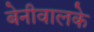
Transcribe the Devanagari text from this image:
बेनीवालके